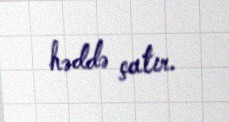
həddə çatır.